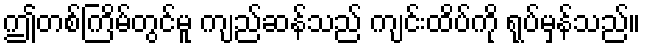
ဤတစ်ကြိမ်တွင်မူ ကျည်ဆန်သည် ကျင်းထိပ်ကို ရုပ်မှန်သည်။